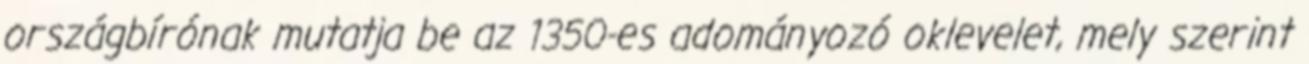
országbírónak mutatja be az 1350-es adományozó oklevelet, mely szerint